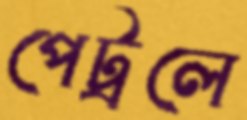
পেট্রলে